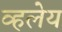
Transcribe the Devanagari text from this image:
व्हलेय